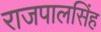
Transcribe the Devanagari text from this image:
राजपालसिंह